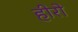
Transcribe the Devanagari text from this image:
हीरो